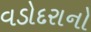
વડોદરાનો